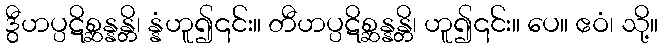
ဒွီဟပ္ပဋိစ္ဆန္နန္တိ၊ န္နံဟူ၍၎င်း။ တီဟပ္ပဋိစ္ဆန္နန္တိ၊ ဟူ၍၎င်း။ ပေ။ ဧဝံ၊ သို့။